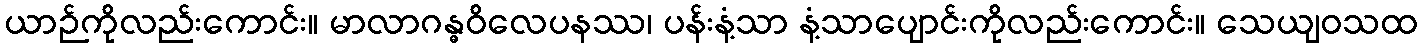
ယာဉ်ကိုလည်းကောင်း။ မာလာဂန္ဓဝိလေပနဿ၊ ပန်းနံ့သာ နံ့သာပျောင်းကိုလည်းကောင်း။ သေယျဝသထ